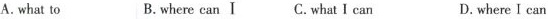
A.what to B.where can I C.what I can D.where I can